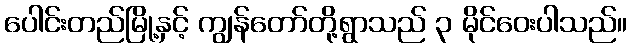
ပေါင်းတည်မြို့နှင့် ကျွန်တော်တို့ရွာသည် ၃ မိုင်ဝေးပါသည်။